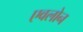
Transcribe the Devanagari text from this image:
एवलोन